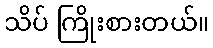
သိပ် ကြိုးစားတယ်။